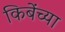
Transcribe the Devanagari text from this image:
किबेंच्या